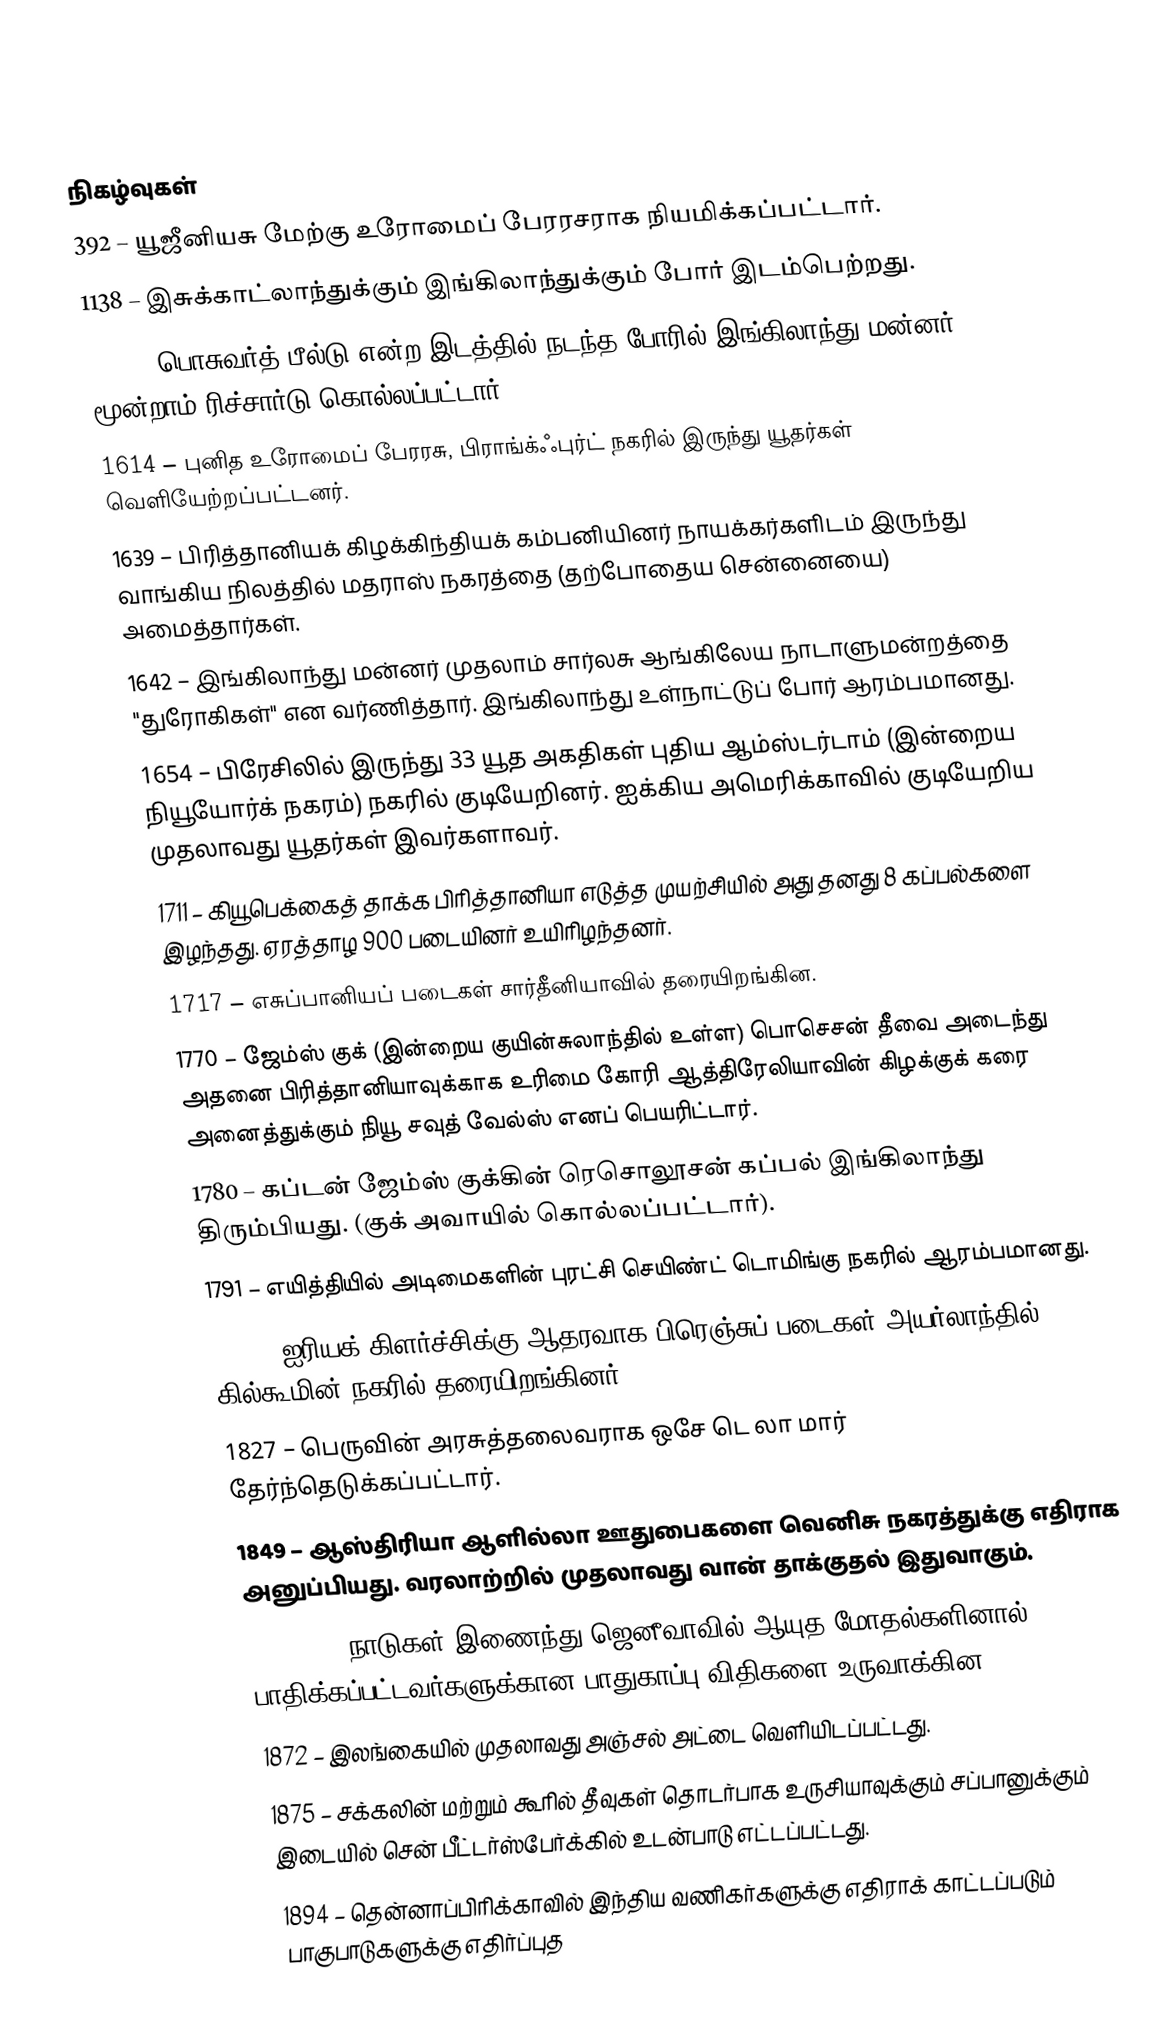

நிகழ்வுகள்
392 – யூஜீனியசு மேற்கு உரோமைப் பேரரசராக நியமிக்கப்பட்டார்.
1138 – இசுக்காட்லாந்துக்கும் இங்கிலாந்துக்கும் போர் இடம்பெற்றது.
1485 – பொசுவர்த் பீல்டு என்ற இடத்தில் நடந்த போரில் இங்கிலாந்து மன்னர் மூன்றாம் ரிச்சார்டு கொல்லப்பட்டார்.
1614 – புனித உரோமைப் பேரரசு, பிராங்க்ஃபுர்ட் நகரில் இருந்து யூதர்கள் வெளியேற்றப்பட்டனர்.
1639 – பிரித்தானியக் கிழக்கிந்தியக் கம்பனியினர் நாயக்கர்களிடம் இருந்து வாங்கிய நிலத்தில் மதராஸ் நகரத்தை (தற்போதைய சென்னையை) அமைத்தார்கள்.
1642 – இங்கிலாந்து மன்னர் முதலாம் சார்லசு ஆங்கிலேய நாடாளுமன்றத்தை "துரோகிகள்" என வர்ணித்தார். இங்கிலாந்து உள்நாட்டுப் போர் ஆரம்பமானது.
1654 – பிரேசிலில் இருந்து 33 யூத அகதிகள் புதிய ஆம்ஸ்டர்டாம் (இன்றைய நியூயோர்க் நகரம்) நகரில் குடியேறினர். ஐக்கிய அமெரிக்காவில் குடியேறிய முதலாவது யூதர்கள் இவர்களாவர்.
1711 – கியூபெக்கைத் தாக்க பிரித்தானியா எடுத்த முயற்சியில் அது தனது 8 கப்பல்களை இழந்தது. ஏரத்தாழ 900 படையினர் உயிரிழந்தனர்.
1717 – எசுப்பானியப் படைகள் சார்தீனியாவில் தரையிறங்கின.
1770 – ஜேம்ஸ் குக் (இன்றைய குயின்சுலாந்தில் உள்ள) பொசெசன் தீவை அடைந்து அதனை பிரித்தானியாவுக்காக உரிமை கோரி ஆத்திரேலியாவின் கிழக்குக் கரை அனைத்துக்கும் நியூ சவுத் வேல்ஸ் எனப் பெயரிட்டார்.
1780 – கப்டன் ஜேம்ஸ் குக்கின் ரெசொலூசன் கப்பல் இங்கிலாந்து திரும்பியது. (குக் அவாயில் கொல்லப்பட்டார்).
1791 – எயித்தியில் அடிமைகளின் புரட்சி செயிண்ட் டொமிங்கு நகரில் ஆரம்பமானது.
1798 – ஐரியக் கிளர்ச்சிக்கு ஆதரவாக பிரெஞ்சுப் படைகள் அயர்லாந்தில் கில்கூமின் நகரில் தரையிறங்கினர்.
1827 – பெருவின் அரசுத்தலைவராக ஒசே டெ லா மார் தேர்ந்தெடுக்கப்பட்டார்.
1849 – ஆஸ்திரியா ஆளில்லா ஊதுபைகளை வெனிசு நகரத்துக்கு எதிராக அனுப்பியது. வரலாற்றில் முதலாவது வான் தாக்குதல் இதுவாகும்.
1864 – 12 நாடுகள் இணைந்து ஜெனீவாவில் ஆயுத மோதல்களினால் பாதிக்கப்பட்டவர்களுக்கான பாதுகாப்பு விதிகளை உருவாக்கின.
1872 – இலங்கையில் முதலாவது அஞ்சல் அட்டை வெளியிடப்பட்டது.
1875 – சக்கலின் மற்றும் கூரில் தீவுகள் தொடர்பாக உருசியாவுக்கும் சப்பானுக்கும் இடையில் சென் பீட்டர்ஸ்பேர்க்கில் உடன்பாடு எட்டப்பட்டது.
1894 – தென்னாப்பிரிக்காவில் இந்திய வணிகர்களுக்கு எதிராக் காட்டப்படும் பாகுபாடுகளுக்கு எதிர்ப்புத